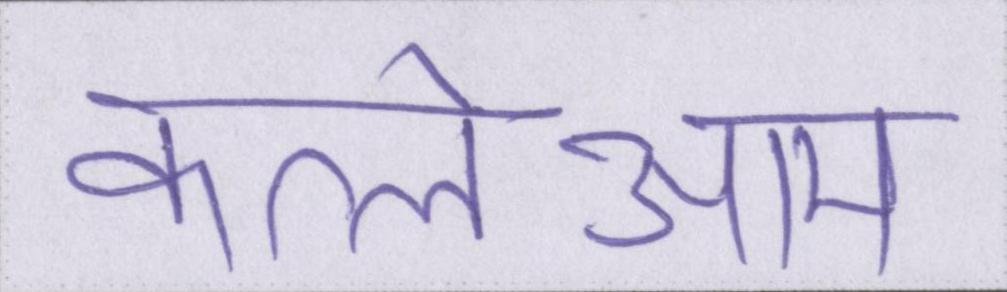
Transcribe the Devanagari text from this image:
कत्लेआम